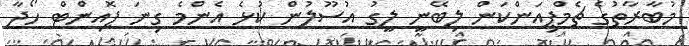
މުބާރާތުގެ ޗެމްޕިއަންކަން ލިބޭނީ ލީގު އުސޫލުން ކުޅެ އެންމެ ގިނަ ޕޮއިންޓް ހޯދާ